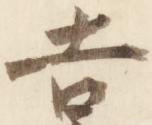
吉